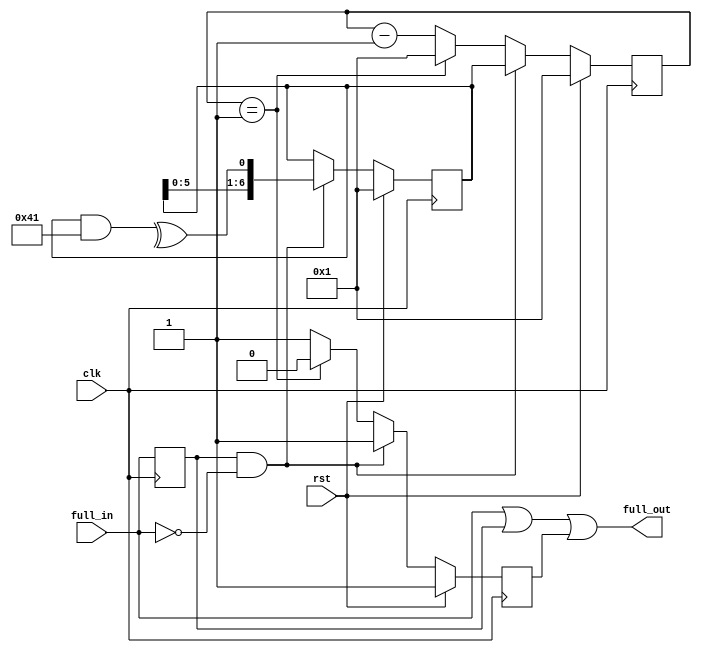
module refill_randomizer
  #(parameter BITS=7)
    (
     input clk,
     input rst,
     input full_in,
     output full_out
     );
   wire 	    feedback;
   reg 	    full_last;
   wire     full_deasserts;
   reg [6:0] shift_reg;
   reg [6:0] count;
   reg 	     delayed_fall;
   always @(posedge clk)
     full_last <= full_in;
   assign    full_deasserts = full_last & ~full_in;
   always @(posedge clk)
     if (rst)
       shift_reg <= 7'b1;
     else
       if (full_deasserts)
	 shift_reg <= {shift_reg[5:0],feedback};
   assign    feedback = ^(shift_reg & 7'h41);
   always @(posedge clk)
     if (rst)
       begin
	  count <= 1;
	  delayed_fall  <= 1;
       end
     else if (full_deasserts)
       begin
	  count <= shift_reg;
	  delayed_fall <= 1;
       end
     else if (count == 1)
       begin
	  count <= 1;
	  delayed_fall <= 0;
       end
     else
       begin
	  count <= count - 1;
	  delayed_fall <= 1;
       end
   assign    full_out = (full_in == 1) || (full_last == 1) || delayed_fall;
endmodule